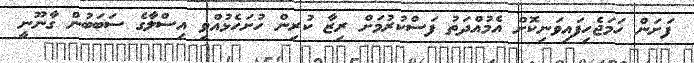
ފަށަން ހަމަޖެހިފައިވަނިކޮށް އެމުއްދަތު ފަސްކުރުމަށް ރިޒާ ކުރިން ހުށަހެޅުއްވި އިސްލާގެ ސަބަބުން ގާނޫނީ